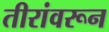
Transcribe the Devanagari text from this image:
तीरांवरून